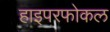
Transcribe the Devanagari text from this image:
हाइपरफोकल